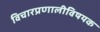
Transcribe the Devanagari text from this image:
विचारप्रणालीविषयक